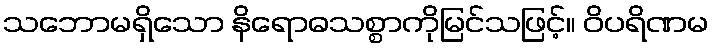
သဘောမရှိသော နိရောဓသစ္စာကိုမြင်သဖြင့်။ ဝိပရိဏမ